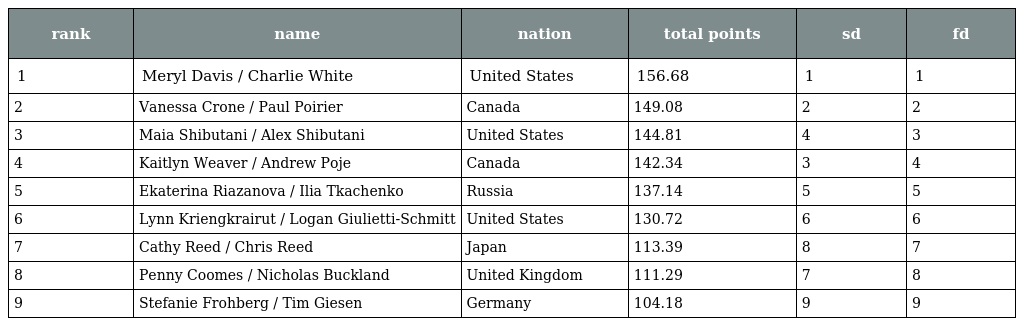
| rank | name | nation | total points | sd | fd |
 | --- | --- | --- | --- | --- | --- |
 | 1 | Meryl Davis / Charlie White | United States | 156.68 | 1 | 1 |
 | 2 | Vanessa Crone / Paul Poirier | Canada | 149.08 | 2 | 2 |
 | 3 | Maia Shibutani / Alex Shibutani | United States | 144.81 | 4 | 3 |
 | 4 | Kaitlyn Weaver / Andrew Poje | Canada | 142.34 | 3 | 4 |
 | 5 | Ekaterina Riazanova / Ilia Tkachenko | Russia | 137.14 | 5 | 5 |
 | 6 | Lynn Kriengkrairut / Logan Giulietti-Schmitt | United States | 130.72 | 6 | 6 |
 | 7 | Cathy Reed / Chris Reed | Japan | 113.39 | 8 | 7 |
 | 8 | Penny Coomes / Nicholas Buckland | United Kingdom | 111.29 | 7 | 8 |
 | 9 | Stefanie Frohberg / Tim Giesen | Germany | 104.18 | 9 | 9 |